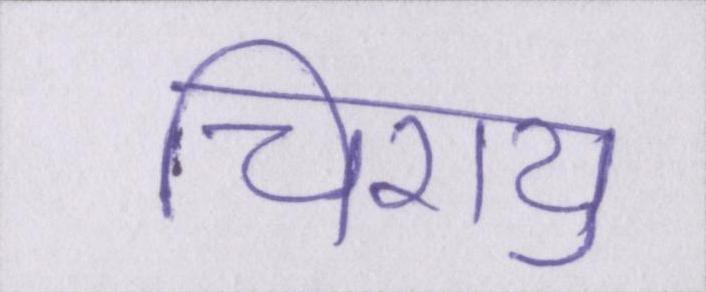
चिरायु